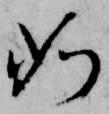
如